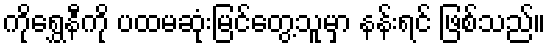
ကိုရွှေနီကို ပထမဆုံးမြင်တွေ့သူမှာ နန်းရင် ဖြစ်သည်။